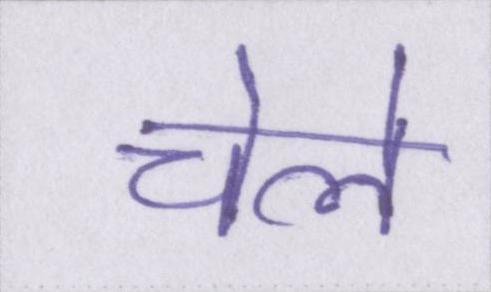
चेले